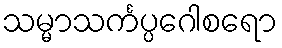
သမ္မာသင်္ကပ္ပဂေါစရော